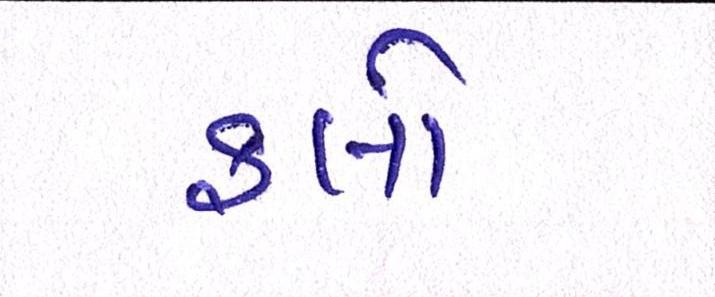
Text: ફ્લો